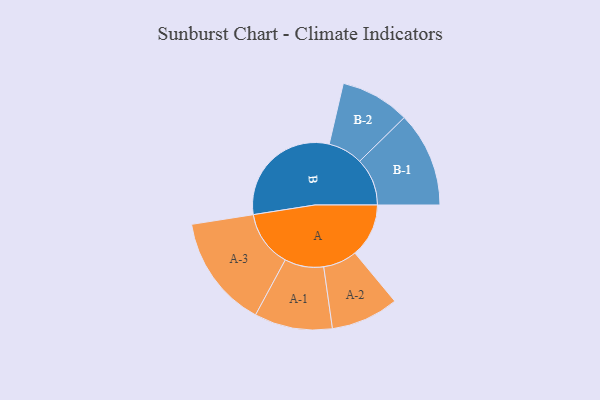
{"axis": {"x": "Segment", "y": "Value"}, "legend": ["", "A", "B"], "data": [{"x": "A", "y": 189, "type": ""}, {"x": "B", "y": 421, "type": ""}, {"x": "A-1", "y": 137, "type": "A"}, {"x": "A-2", "y": 119, "type": "A"}, {"x": "A-3", "y": 198, "type": "A"}, {"x": "B-1", "y": 167, "type": "B"}, {"x": "B-2", "y": 122, "type": "B"}]}